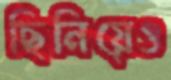
ছিনিয়েও